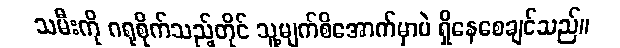
သမီးကို ဂရုစိုက်သည့်တိုင် သူ့မျက်စိအောက်မှာပဲ ရှိနေစေချင်သည်။